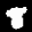
Label: 8